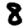
Digit: 8